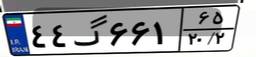
۵۲گ۱۸۵۶۲